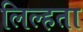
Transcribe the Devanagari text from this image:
लिल्हता